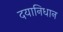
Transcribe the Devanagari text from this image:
दयानिधान